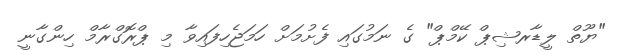
"ޔޫތް ލީޑާރޝިޕް ކޭމްޕް" ގެ ނަމުގައި ފެށުމަށް ހަމަޖެހިފައިވާ މި ޕްރޮގްރާމް ހިންގާނީ